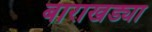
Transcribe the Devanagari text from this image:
बाराखड्या